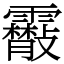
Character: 䨷